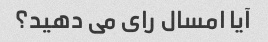
آیا امسال رای می دهید؟